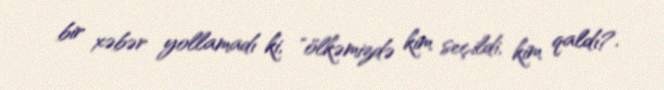
bir xəbər yollamadı ki, "ölkəmizdə kim seçildi, kim qaldı?.